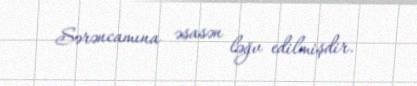
Sərəncamına əsasən ləğv edilmişdir.